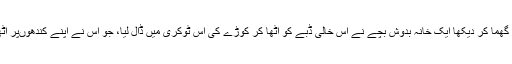
اُس نے گردن گھما کر دیکھا ایک خانہ بدوش بچّے نے اُس خالی ڈبے کو اُٹھا کر کوڑے کی اُس ٹوکری میں ڈال لیا، جو اُس نے اپنے کندھوںپر اُٹھا رکھی تھی۔